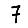
Digit: 7